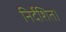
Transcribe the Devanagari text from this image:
निर्देशित।